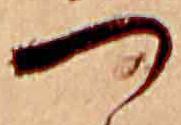
つ